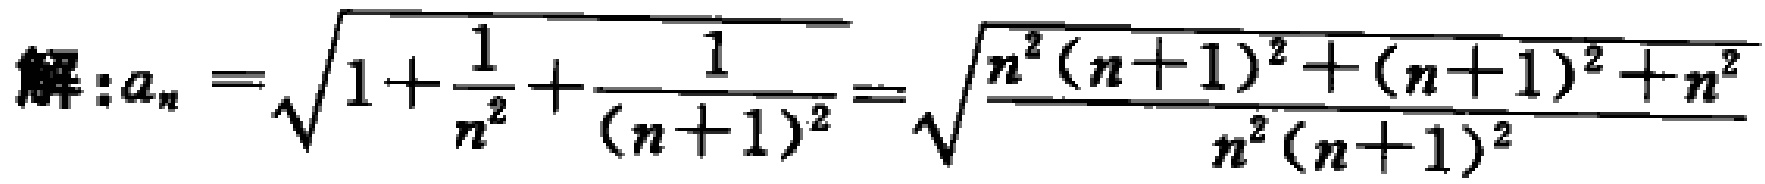
解:$a_{n}=\sqrt{1 + \frac{1}{n^{2}}+\frac{1}{(n + 1)^{2}}}=\sqrt{\frac{n^{2}(n + 1)^{2}+(n + 1)^{2}+n^{2}}{n^{2}(n + 1)^{2}}}$